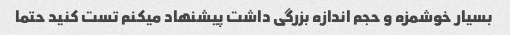
بسیار خوشمزه و حجم اندازه بزرگی داشت پیشنهاد میکنم تست کنید حتما